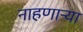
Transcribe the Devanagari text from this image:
नाहणाऱ्या